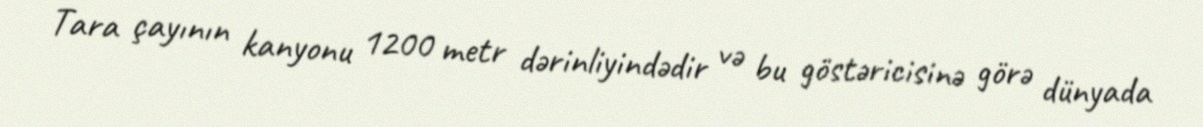
Tara çayının kanyonu 1200 metr dərinliyindədir və bu göstəricisinə görə dünyada